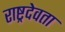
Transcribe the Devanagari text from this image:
राष्ट्रदेवता